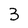
Character: 3